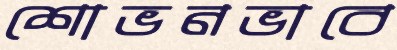
শোভনভাবে